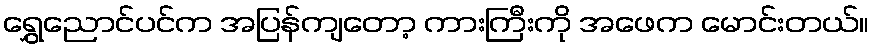
ရွှေညောင်ပင်က အပြန်ကျတော့ ကားကြီးကို အဖေက မောင်းတယ်။